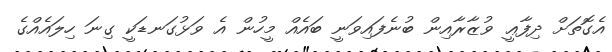
އެގޮތަށް ދިފާޢީ ވުޒާރާއިން ބުނެފައިވަނީ ބައެއް މީހުން އެ ވަޅުގަނޑަކީ ގިނަ ހިލައެއްގެ